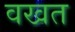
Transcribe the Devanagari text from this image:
वखत